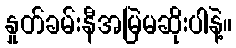
နှုတ်ခမ်းနီအမြဲမဆိုးပါနဲ့။